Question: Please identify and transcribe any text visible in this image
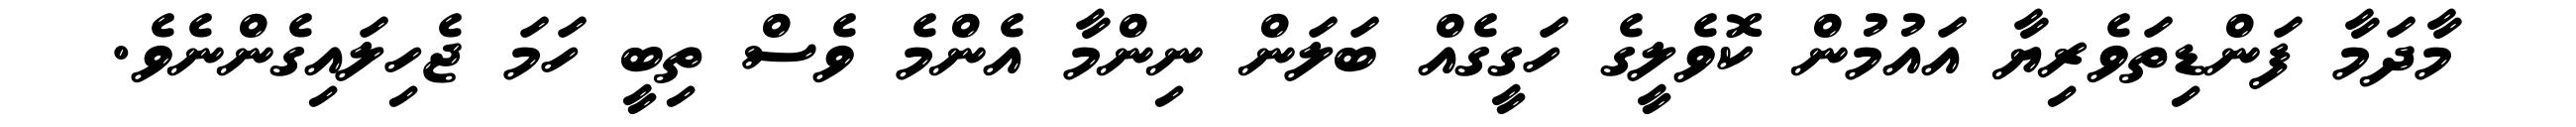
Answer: މާދަމާ ފަންޑިތަވެރިޔާ އައުމުން ކޮވެލީގެ ހަގީގެއް ބަލަން ނިންމާ އެންމެ ވެސް ތިބީ ހަމަ ޖެހިލައިގެންނެވެ.